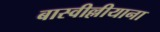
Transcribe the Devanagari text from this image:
बास्वील्लीयाना